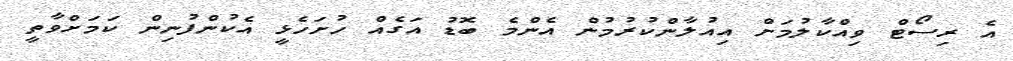
އެ ރިސޯޓް ވިއްކާލުމަށް އިއުލާންކުރުމުން އެންމެ ބޮޑު އަގެއް ހުށަހެޅީ އެކުންފުނިން ކަމަށްވާތީ